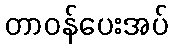
တာဝန်ပေးအပ်